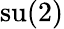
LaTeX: \operatorname{su}(2)